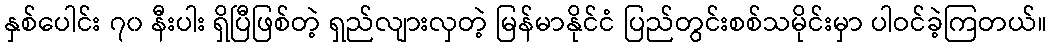
နှစ်ပေါင်း ၇၀ နီးပါး ရှိပြီဖြစ်တဲ့ ရှည်လျားလှတဲ့ မြန်မာနိုင်ငံ ပြည်တွင်းစစ်သမိုင်းမှာ ပါဝင်ခဲ့ကြတယ်။